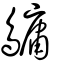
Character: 𪅟